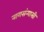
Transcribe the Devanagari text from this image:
नागसंन्यासी